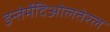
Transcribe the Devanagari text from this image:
इन्तेर्मेदिओलतेरल